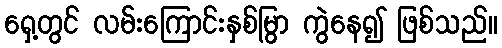
ရှေ့တွင် လမ်းကြောင်းနှစ်မြွာ ကွဲနေ၍ ဖြစ်သည်။